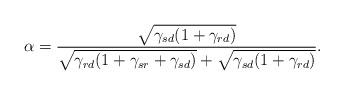
LaTeX: \begin{align*}\alpha=\frac{\sqrt{\gamma_{sd}(1+\gamma_{rd})}}{\sqrt{\gamma_{rd}(1+\gamma_{sr}+\gamma_{sd})}+\sqrt{\gamma_{sd}(1+\gamma_{rd})}}.\end{align*}